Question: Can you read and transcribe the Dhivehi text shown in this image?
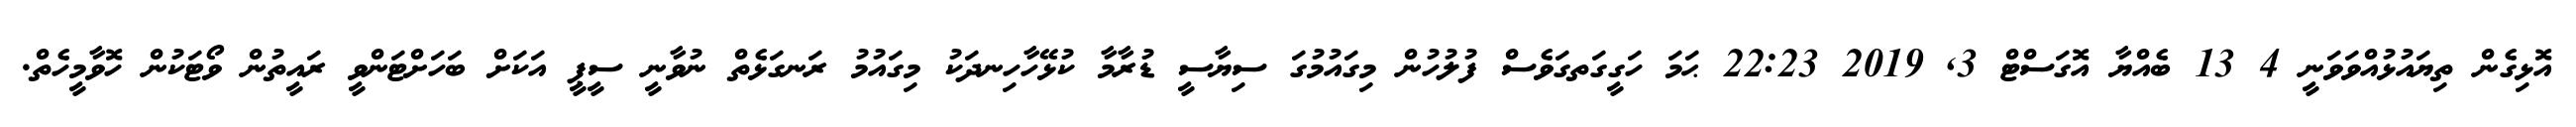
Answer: އޮޅިގެން ތިޔައުޅުއްވަވަނީ 4 13 ބެއްޔާ އޮގަސްޓް 3, 2019 22:23 ޙަމަ ހަގީގަތގަވެސް ފުލުހުން މިގައުމުގަ ސިޔާސީ ޑުރާމާ ކުޅޭހާހިނދަކު މިގައުމު ރަނގަޅެތް ނުވާނީ ސީޕީ އަކަށް ބަހަށްޓަންވީ ރައީތުން ވޯޓަކުން ހޮވާމީހެތް.